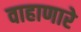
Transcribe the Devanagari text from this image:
वाहाणारे